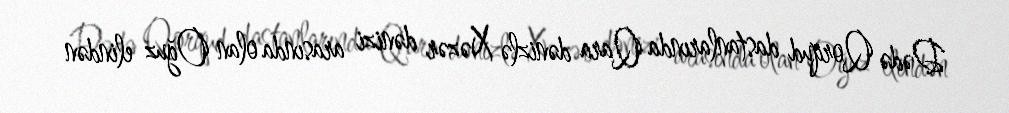
Dədə Qorqud dastanlarında Qara dənizlə Xəzər dənizi arasında olan Oğuz elindən